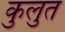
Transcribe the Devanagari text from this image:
कुलुत